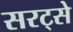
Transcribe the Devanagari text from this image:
सरट्से